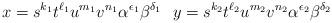
LaTeX: \begin{align*}x=s^{k_1}t^{\ell_1}u^{m_1}v^{n_1}\alpha^{\epsilon_1}\beta^{\delta_1}\ \ y=s^{k_2}t^{\ell_2} u^{m_2}v^{n_2}\alpha^{\epsilon_2}\beta^{\delta_2}\end{align*}